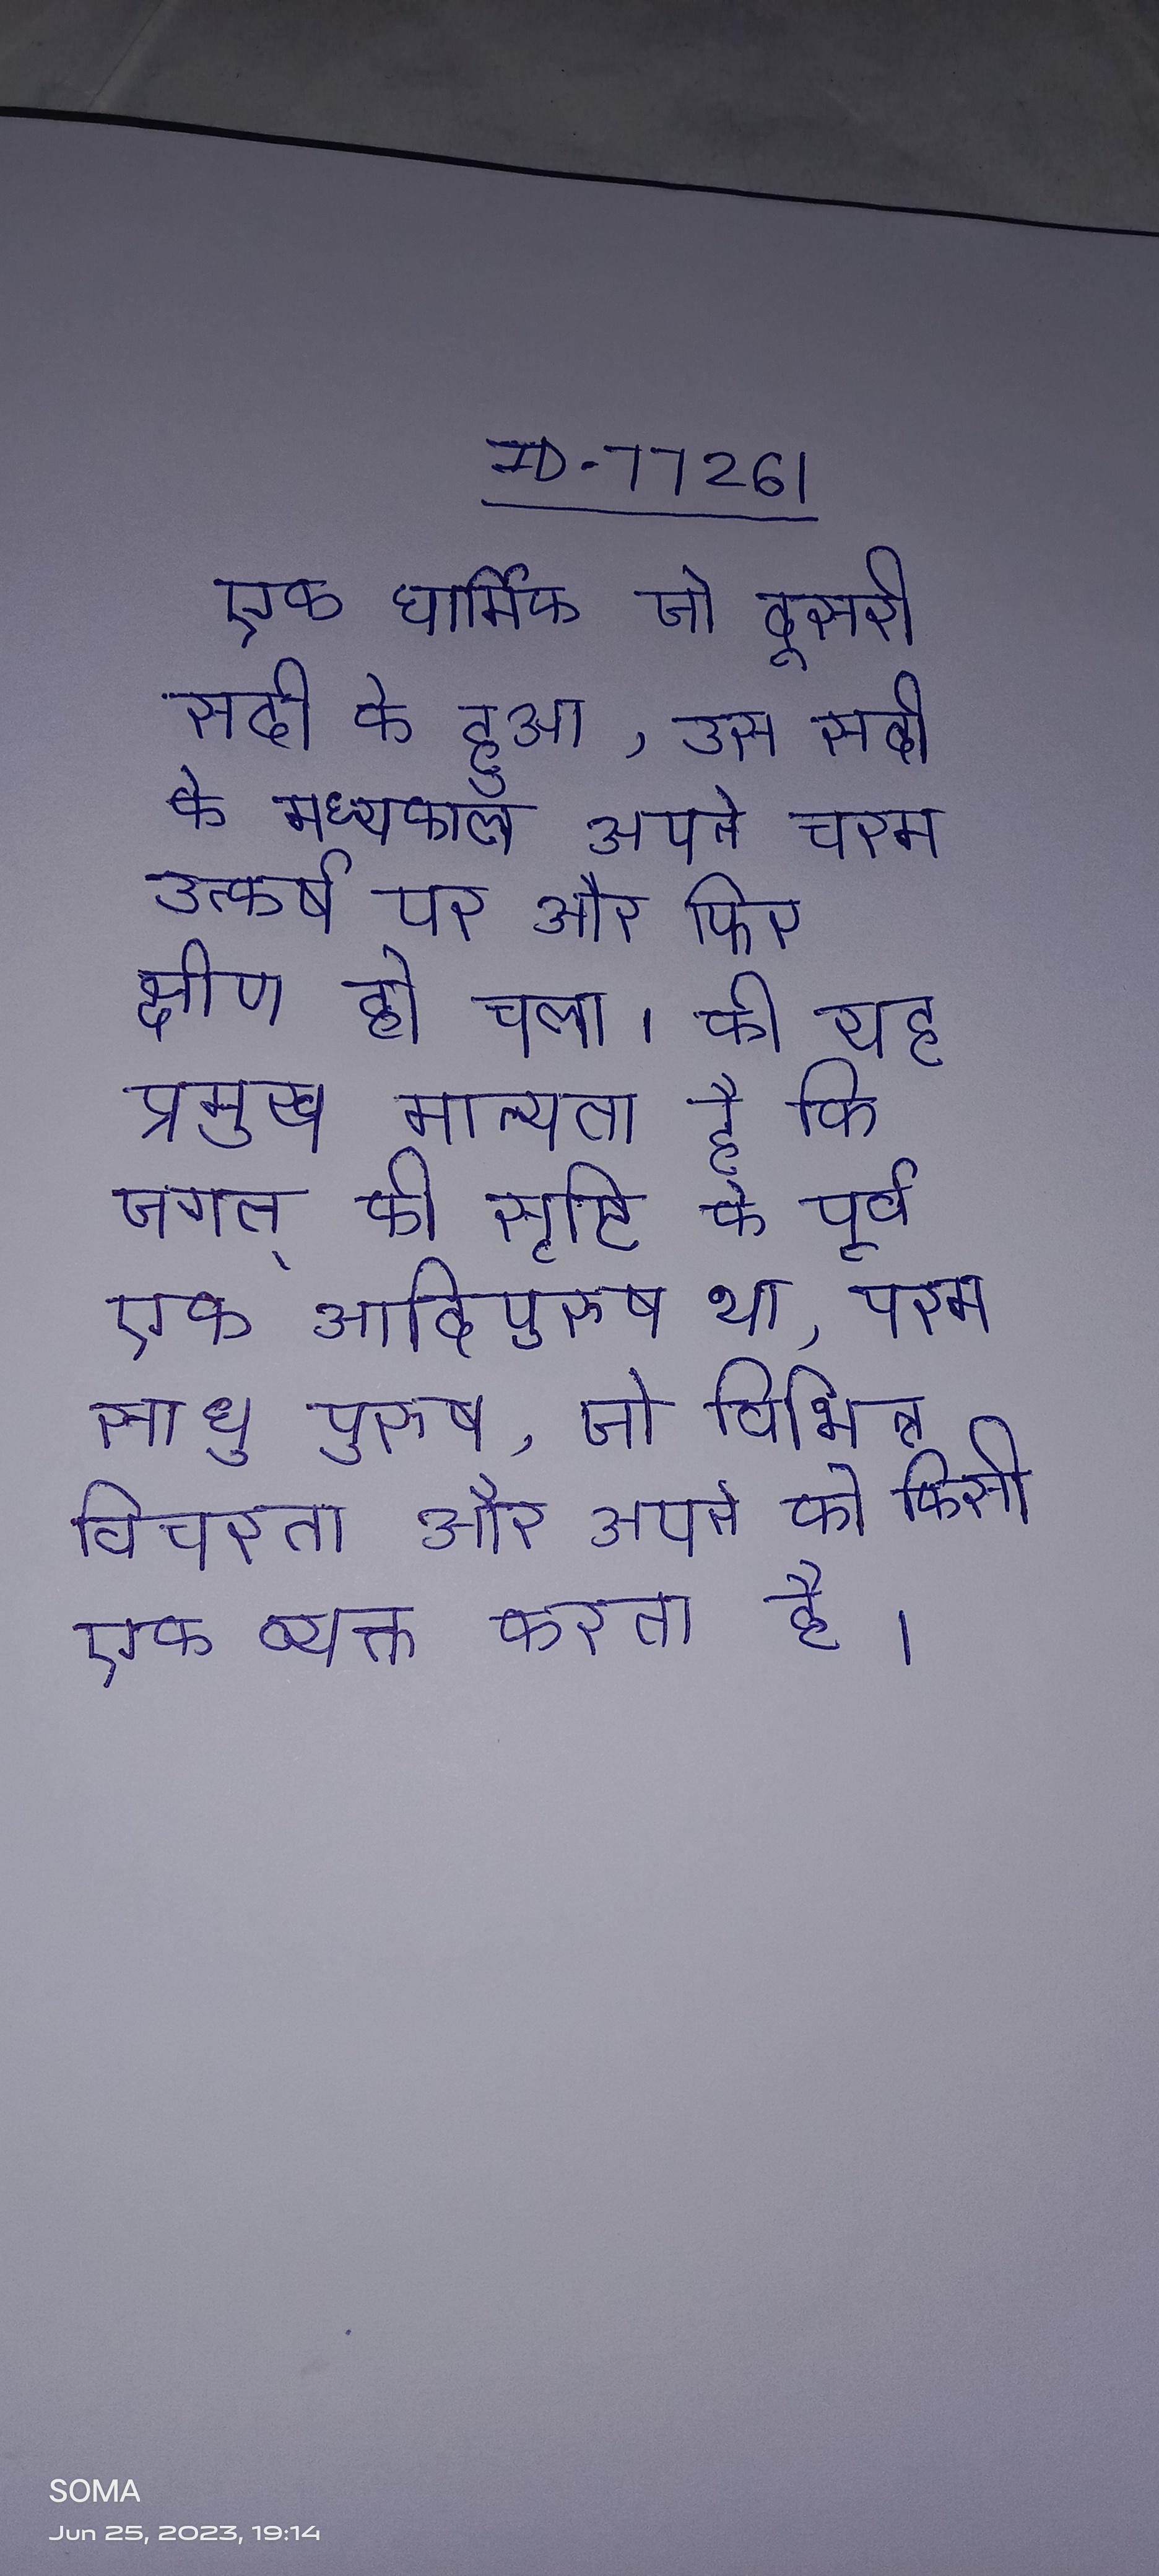
एक धार्मिक जो दूसरी सदी के हुआ, उस सदी के मध्यकाल अपने चरम उत्कर्ष पर और फिर क्षीण हो चला । की यह प्रमुख मान्यता है कि जगत् की सृष्टि के पूर्व एक आदिपुरुष था, परम साधु पुरुष, जो विभिन्न विचरता और अपने को किसी एक व्यक्त करता है ।